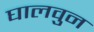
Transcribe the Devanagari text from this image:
घालवुन